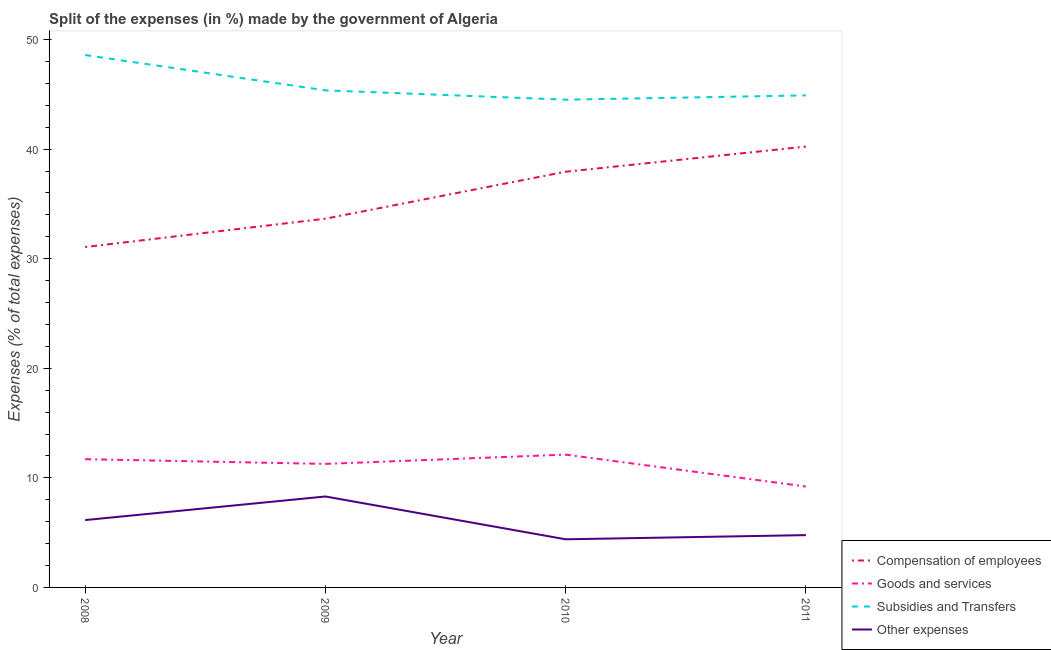
| Year | Compensation of employees | Goods and services | Subsidies and Transfers | Other expenses |
 | --- | --- | --- | --- | --- |
 | 2008 | 31.1 | 11.7 | 48.6 | 6.15 |
 | 2009 | 33.7 | 11.3 | 45.4 | 8.3 |
 | 2010 | 37.9 | 12.1 | 44.5 | 4.39 |
 | 2011 | 40.2 | 9.21 | 44.9 | 4.77 |